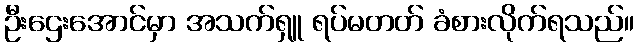
ဦးဌေးအောင်မှာ အသက်ရှူ ရပ်မတတ် ခံစားလိုက်ရသည်။